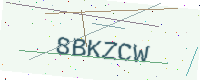
Text: 8BKZCW